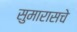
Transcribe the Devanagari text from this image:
सुमारासचे